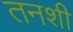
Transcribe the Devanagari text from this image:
तनशी